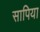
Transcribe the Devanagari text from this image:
सापिया